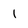
Character: 1